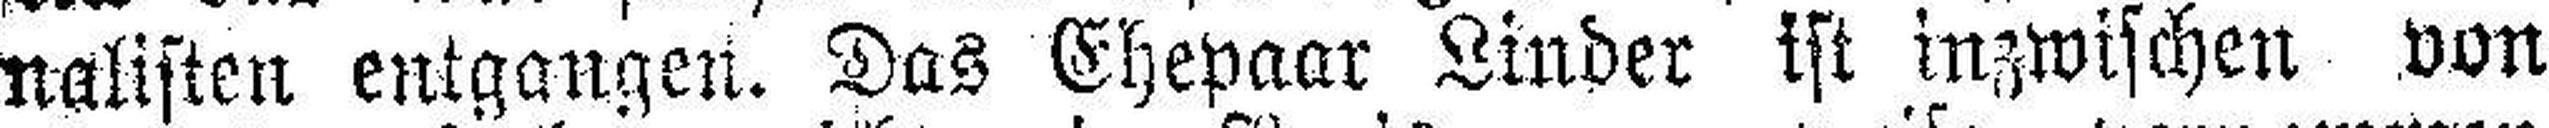
nalisten entgangen. Das Ehepaar Linder ist inzwischen von